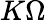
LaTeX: K\Omega